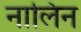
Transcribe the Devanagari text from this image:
नालिन